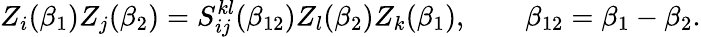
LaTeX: Z_{i}(\beta_{1})Z_{j}(\beta_{2})=S_{ij}^{kl}(\beta_{12})Z_{l}(\beta_{2})Z_{k}(\beta_{1}),\qquad\beta_{12}=\beta_{1}-\beta_{2}.